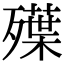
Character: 𣩨